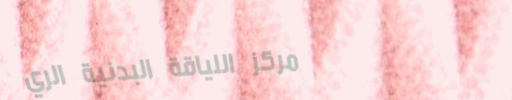
مركز اللياقة البدنية الري